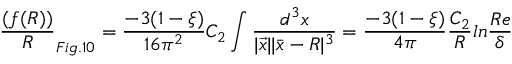
\frac { ( f ( R ) ) } { R } _ { F i g . 1 0 } = \frac { - 3 ( 1 - \xi ) } { 1 6 \pi ^ { 2 } } C _ { 2 } \int \frac { d ^ { 3 } x } { | \vec { x } | | \bar { x } - R | ^ { 3 } } = \frac { - 3 ( 1 - \xi ) } { 4 \pi } \frac { C _ { 2 } } { R } l n \frac { R e } { \delta }